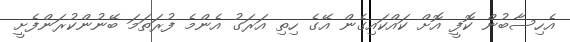
އެހިސާބުން ކޮފީ އޮށް ކައްކައިގެން އޭގެ ހިތި އަރަގު އެންމެ ފުރަތަމަ ބޭނުންކުރަންފެށީ